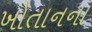
ખોતાનના